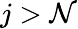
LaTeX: j>\mathcal{N}